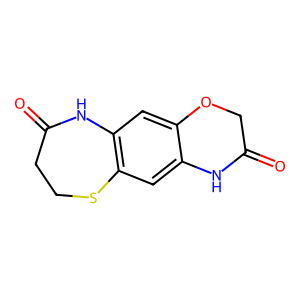
SMILES: O=C1COc2cc3c(cc2N1)SCCC(=O)N3
Inhibits HIV replication: No